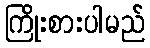
ကြိုးစားပါမည်